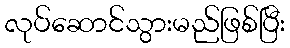
လုပ်ဆောင်သွားမည်ဖြစ်ပြီး